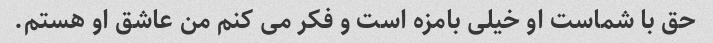
حق با شماست او خیلی بامزه است و فکر می کنم من عاشق او هستم.